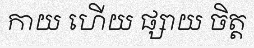
កាយ ហើយ ផ្សាយ ចិត្ត